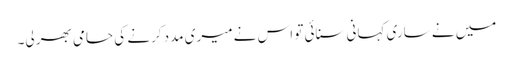
میں نے ساری کہانی سنائی تو اس نے میری مدد کرنے کی حامی بھر لی۔